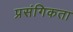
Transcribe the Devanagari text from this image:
प्रसंगिकता